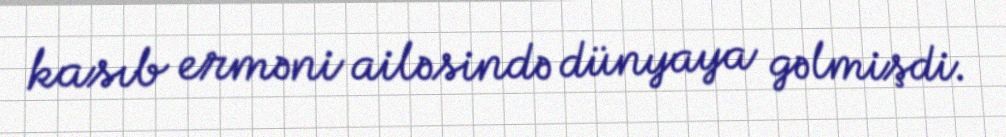
kasıb erməni ailəsində dünyaya gəlmişdi.